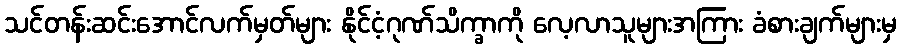
သင်တန်းဆင်းအောင်လက်မှတ်များ နိုင်ငံ့ဂုဏ်သိက္ခာကို လေ့လာသူများအကြား ခံစားချက်များမှ